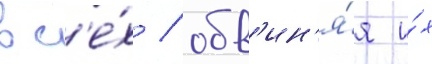
вс'е́х / обв'ин'я́я и́х